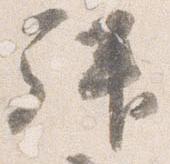
拝